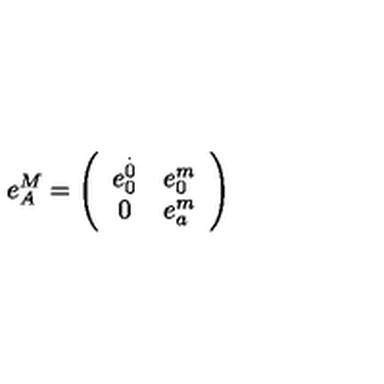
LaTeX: e _ { A } ^ { M } = \left( \begin{array} { c c } { e _ { 0 } ^ { \stackrel { . } { 0 } } } & { e _ { 0 } ^ { m } } \\ { 0 } & { e _ { a } ^ { m } } \\ \end{array} \right)